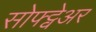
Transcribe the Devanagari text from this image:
सोफ्ट्वेअर